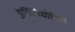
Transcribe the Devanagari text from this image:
दुर्विनियोजित